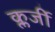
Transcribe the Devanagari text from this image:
क्लर्जी